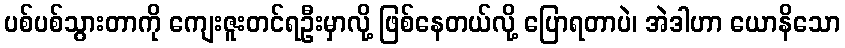
ပစ်ပစ်သွားတာကို ကျေးဇူးတင်ရဦးမှာလို့ ဖြစ်နေတယ်လို့ ပြောရတာပဲ၊ အဲဒါဟာ ယောနိသော